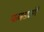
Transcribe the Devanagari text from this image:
फणसाअंगी